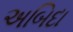
અબિદા